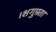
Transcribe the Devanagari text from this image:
।शगुफ़्ता